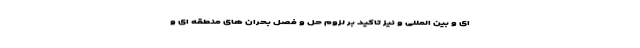
ای و بین المللی و نیز تاکید بر لزوم حل و فصل بحران های منطقه ای و